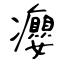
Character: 癭